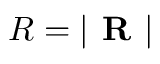
R = | \textbf { R } |